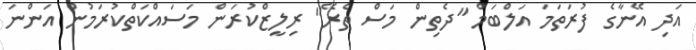
އަދި އޭނާގެ ފުރަތަމަ އަލްބަމް "ދެތިން މަސް ތެރޭ" ރިލީޒްކުރަން މަސައްކަތްކުރަމުން އަންނަ